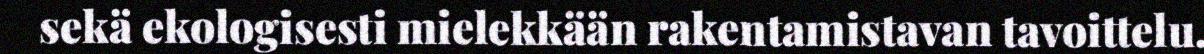
sekä ekologisesti mielekkään rakentamistavan tavoittelu.